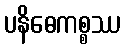
ပနိဓေကစ္စဿ